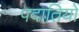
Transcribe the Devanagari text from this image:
पदातियों